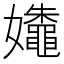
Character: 𰌛